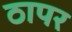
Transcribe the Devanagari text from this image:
ठापर